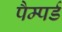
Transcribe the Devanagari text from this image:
पैम्पर्ड